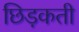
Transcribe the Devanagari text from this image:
छिड़कती